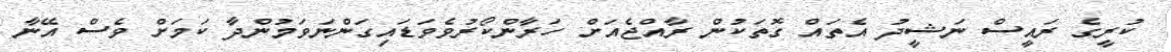
ކުރީގެ ރައީސް ނަޝީދު އެތައް ގޮތަކުން ރާއްޖެއަށް ހަރާންކޯރުވެވަޑައިގަންނަވަމުންދާ ކަމަށް ވެސް އޭނާ